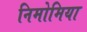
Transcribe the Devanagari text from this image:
निमोमिया